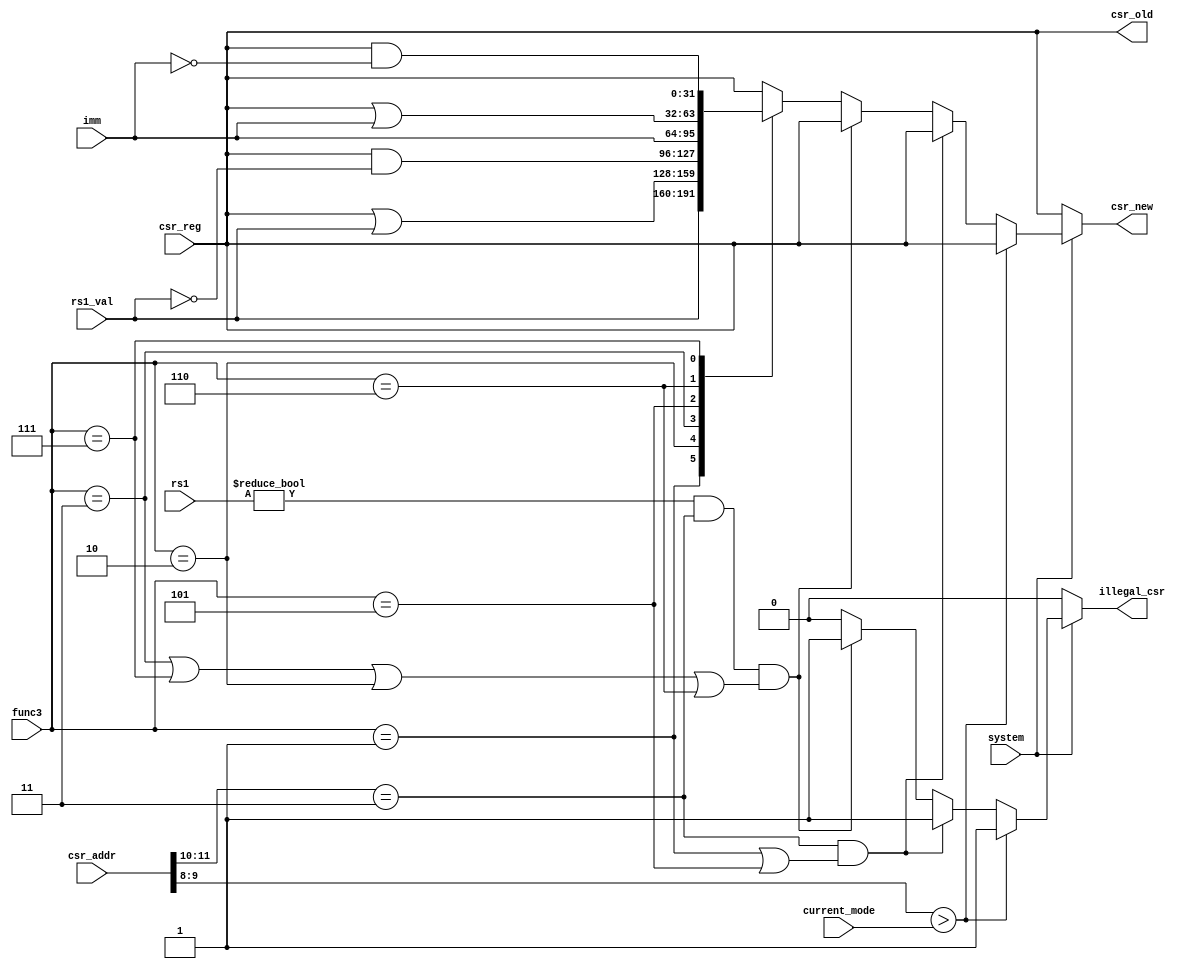
module csr_unit (
input wire [2:0] func3,
	input wire [4:0] rs1,
	input wire [31:0] rs1_val,
	input wire [31:0] imm,
	input wire [11:0] csr_addr,
	input wire [31:0] csr_reg,
	input wire system,
	input wire [1:0] current_mode,
	output reg [31:0] csr_new,
	output wire [31:0] csr_old,
	output reg illegal_csr
);
	
	always @(*)
		if (system) begin
			if (csr_addr[9:8] > current_mode) begin
				illegal_csr = 1;
				csr_new = csr_reg;
			end
			else if ((csr_addr[11:10] == 2'b11) && ((func3 == 3'b001) || (func3 == 3'b101))) begin
				illegal_csr = 1;
				csr_new = csr_reg;
			end
			else if (((rs1 != 0) && (csr_addr[11:10] == 2'b11)) && ((((func3 == 3'b011) || (func3 == 3'b111)) || (func3 == 3'b010)) || (func3 == 3'b110))) begin
				illegal_csr = 1;
				csr_new = csr_reg;
			end
			else begin
				illegal_csr = 0;
				case (func3)
					3'b001: csr_new = rs1_val;
					3'b010: csr_new = csr_reg | rs1_val;
					3'b011: csr_new = csr_reg & ~rs1_val;
					3'b101: csr_new = imm;
					3'b110: csr_new = csr_reg | imm;
					3'b111: csr_new = csr_reg & ~imm;
					default: csr_new = csr_reg;
				endcase
			end
		end
		else begin
			csr_new = csr_reg;
			illegal_csr = 0;
		end
	assign csr_old = csr_reg;
endmodule